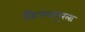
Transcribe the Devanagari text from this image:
किरणापूरला